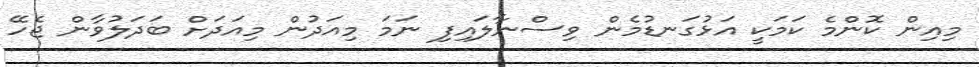
މިއިން ކޮންމެ ކަމަކީ އަޅުގަނޑުމެން ވިސްނާލައިފި ނަމަ މިއަދުން މިއަދަށް ބަދަލުވާން ޖެހޭ